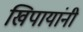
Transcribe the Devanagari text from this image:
खिपायांनी